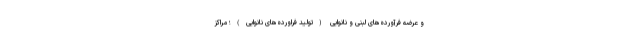
و عرضه فرآورده‌های لبنی و نانوایی (تولید فراورده‌های نانوایی)؛ مراکز